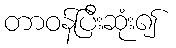
တာဝန်ပြီးဆုံး၍